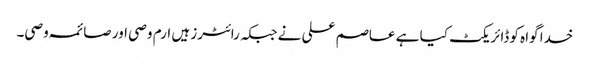
خدا گواہ کو ڈائریکٹ کیا ہے عاصم علی نے جبکہ رائٹرز ہیں ارم وصی اور صائمہ وصی۔